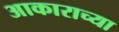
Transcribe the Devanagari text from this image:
अाकाराच्या